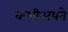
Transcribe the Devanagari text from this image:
कभीअपने